system: You are a helpful assistant.
user:
Analyze the provided spectrum to determine if it is a **"Cataclysmic Variables (CV)"**.

- **Key Indicators for CV (Check for either state):**
    - **State 1: Quiescent / Low-State (Emission-Dominated)**
        - **(Primary):** Strong and *very broad* Hydrogen Balmer emission lines (e.g., $H\alpha$ at 6563 Å, $H\beta$ at 4861 Å). The 'broadness' (high velocity dispersion, often FWHM > 1000 km/s) is the key diagnostic, indicating a high-velocity accretion disk.
        - **(Secondary):** Broad neutral Helium (He I) emission lines (e.g., 5876 Å, 6678 Å).
        - **(Key Confirmation):** Presence of high-excitation *ionized* Helium (He II) emission at 4686 Å. This is a strong indicator of accretion onto a white dwarf.
        - **(Line Profile):** Emission lines may exhibit a 'double-peaked' profile, which is a classic signature of a rotating accretion disk viewed at high inclination.

    - **State 2: Outburst / High-State (Absorption-Dominated)**
        - **(Primary):** Spectrum is dominated by a bright, blue continuum (looks like a hot star).
        - **(Secondary):** The emission lines from State 1 are weak, absent, or 'filled in', and are replaced by broad, shallow *absorption* lines (primarily Balmer and He I).
        - **(Morphology):** The overall spectrum mimics a hot B/A-type star. The crucial difference is that the absorption lines are significantly broader, shallower, and more 'washed-out' (or 'smeared') than the sharp lines of a normal stellar photosphere, due to high rotational speeds and pressure broadening in the disk.

Think first, call **spectral_visualization_tool** if needed to examine features in detail, then provide your final answer. Your response must adhere to the following strict rules:
1.  **Overall Structure:** Your response must follow the format `<think>...</think> <tool_call>...</tool_call> (if a tool is used) <answer>...</answer>`.
2.  **Tool Usage Constraint:** You may only make **one** tool call per turn.
3.  **Final Answer Format:** In the `<answer>` tag, your conclusion must be inside a `\boxed{}` command (e.g., `\boxed{YES}`), followed by your justification.

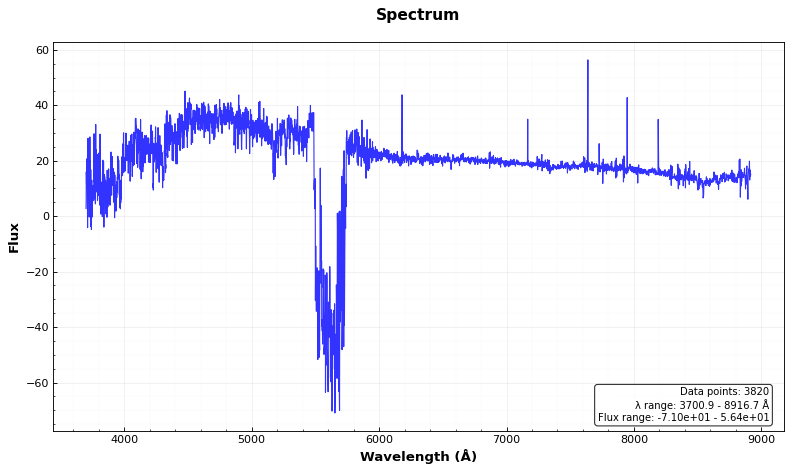
Answer: NO